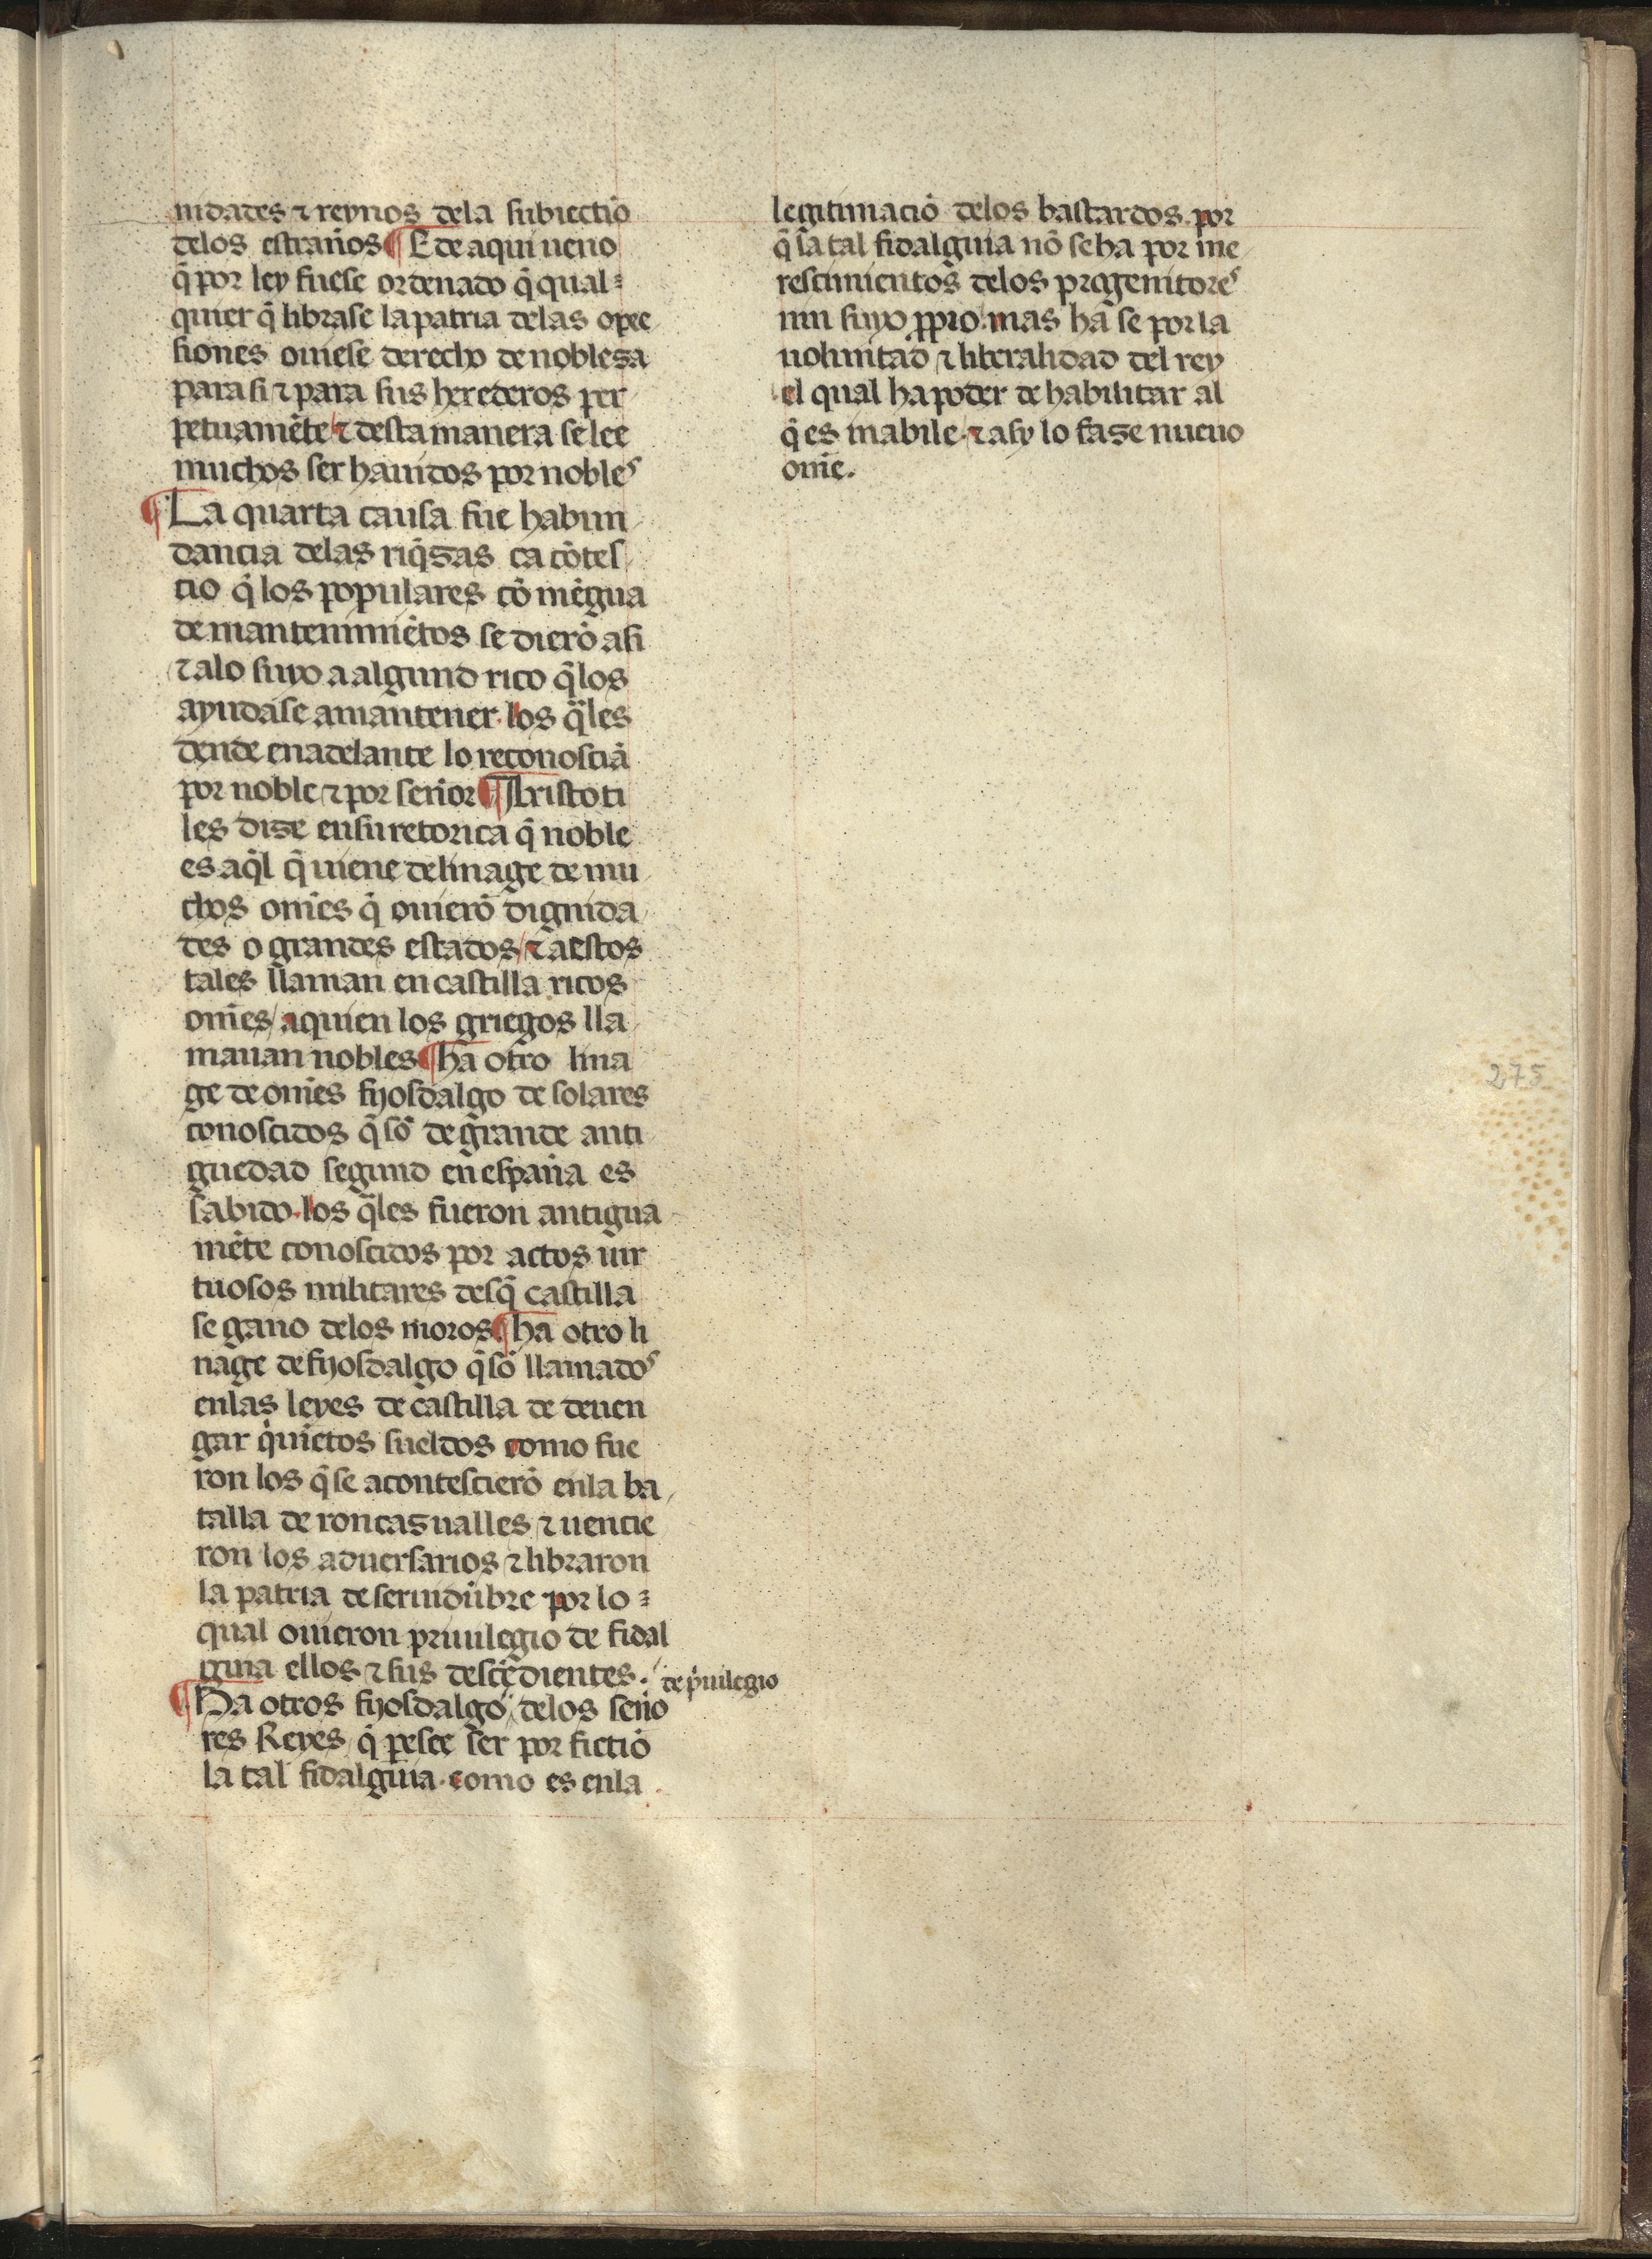
Shelfmark: Madrid, Fundación Lázaro Galdiano, mss 289
Century: 15